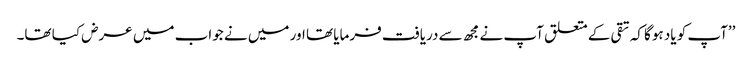
’’آپ کو یاد ہوگا کہ تقی کے متعلق آپ نے مجھ سے دریافت فرمایا تھا اور میں نے جواب میں عرض کیا تھا۔